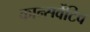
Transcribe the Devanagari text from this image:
कान्सर्वेटिव